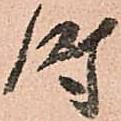
時